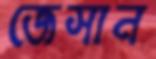
জেসান